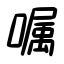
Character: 嘱